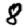
Digit: 8